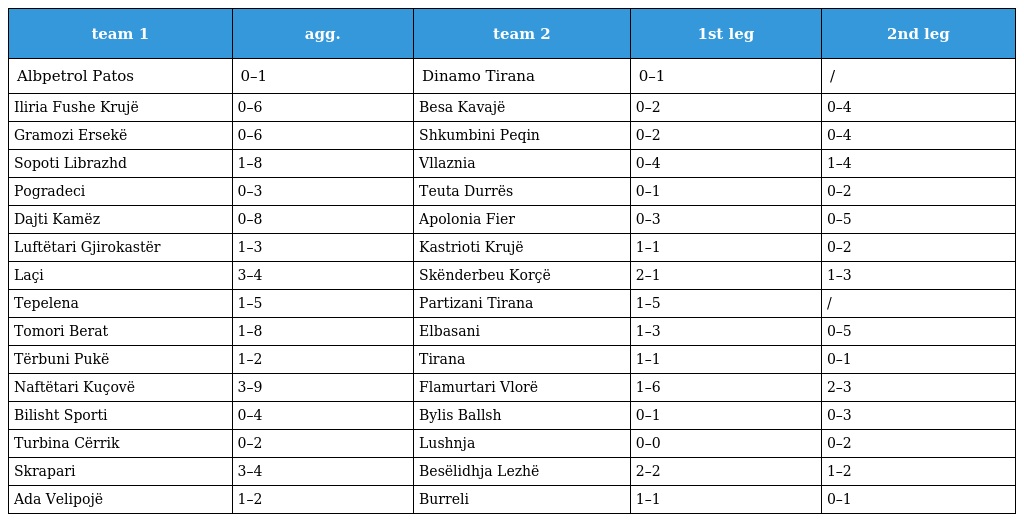
| team 1 | agg. | team 2 | 1st leg | 2nd leg |
 | --- | --- | --- | --- | --- |
 | Albpetrol Patos | 0–1 | Dinamo Tirana | 0–1 | / |
 | Iliria Fushe Krujë | 0–6 | Besa Kavajë | 0–2 | 0–4 |
 | Gramozi Ersekë | 0–6 | Shkumbini Peqin | 0–2 | 0–4 |
 | Sopoti Librazhd | 1–8 | Vllaznia | 0–4 | 1–4 |
 | Pogradeci | 0–3 | Teuta Durrës | 0–1 | 0–2 |
 | Dajti Kamëz | 0–8 | Apolonia Fier | 0–3 | 0–5 |
 | Luftëtari Gjirokastër | 1–3 | Kastrioti Krujë | 1–1 | 0–2 |
 | Laçi | 3–4 | Skënderbeu Korçë | 2–1 | 1–3 |
 | Tepelena | 1–5 | Partizani Tirana | 1–5 | / |
 | Tomori Berat | 1–8 | Elbasani | 1–3 | 0–5 |
 | Tërbuni Pukë | 1–2 | Tirana | 1–1 | 0–1 |
 | Naftëtari Kuçovë | 3–9 | Flamurtari Vlorë | 1–6 | 2–3 |
 | Bilisht Sporti | 0–4 | Bylis Ballsh | 0–1 | 0–3 |
 | Turbina Cërrik | 0–2 | Lushnja | 0–0 | 0–2 |
 | Skrapari | 3–4 | Besëlidhja Lezhë | 2–2 | 1–2 |
 | Ada Velipojë | 1–2 | Burreli | 1–1 | 0–1 |